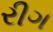
રીગ